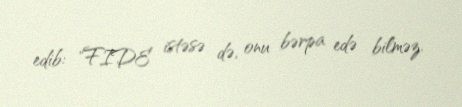
edib: "FIDE istəsə də, onu bərpa edə bilməz.